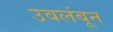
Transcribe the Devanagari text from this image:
उवलंबून